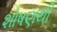
શોષણથી